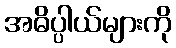
အဓိပ္ပါယ်များကို